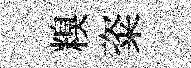
糗粢